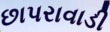
છાપરાવાડી